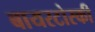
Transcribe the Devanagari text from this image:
बायरटोस्की